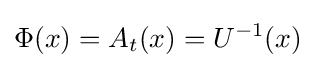
\Phi (x)=A_{t}(x)=U^{-1}(x)